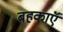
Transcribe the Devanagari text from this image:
बहकाएॅ